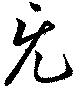
旡